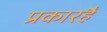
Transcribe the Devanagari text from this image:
प्रकारहैं